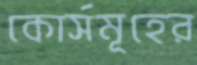
কোর্সমূহের